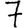
Digit: 7